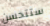
ستتحسن